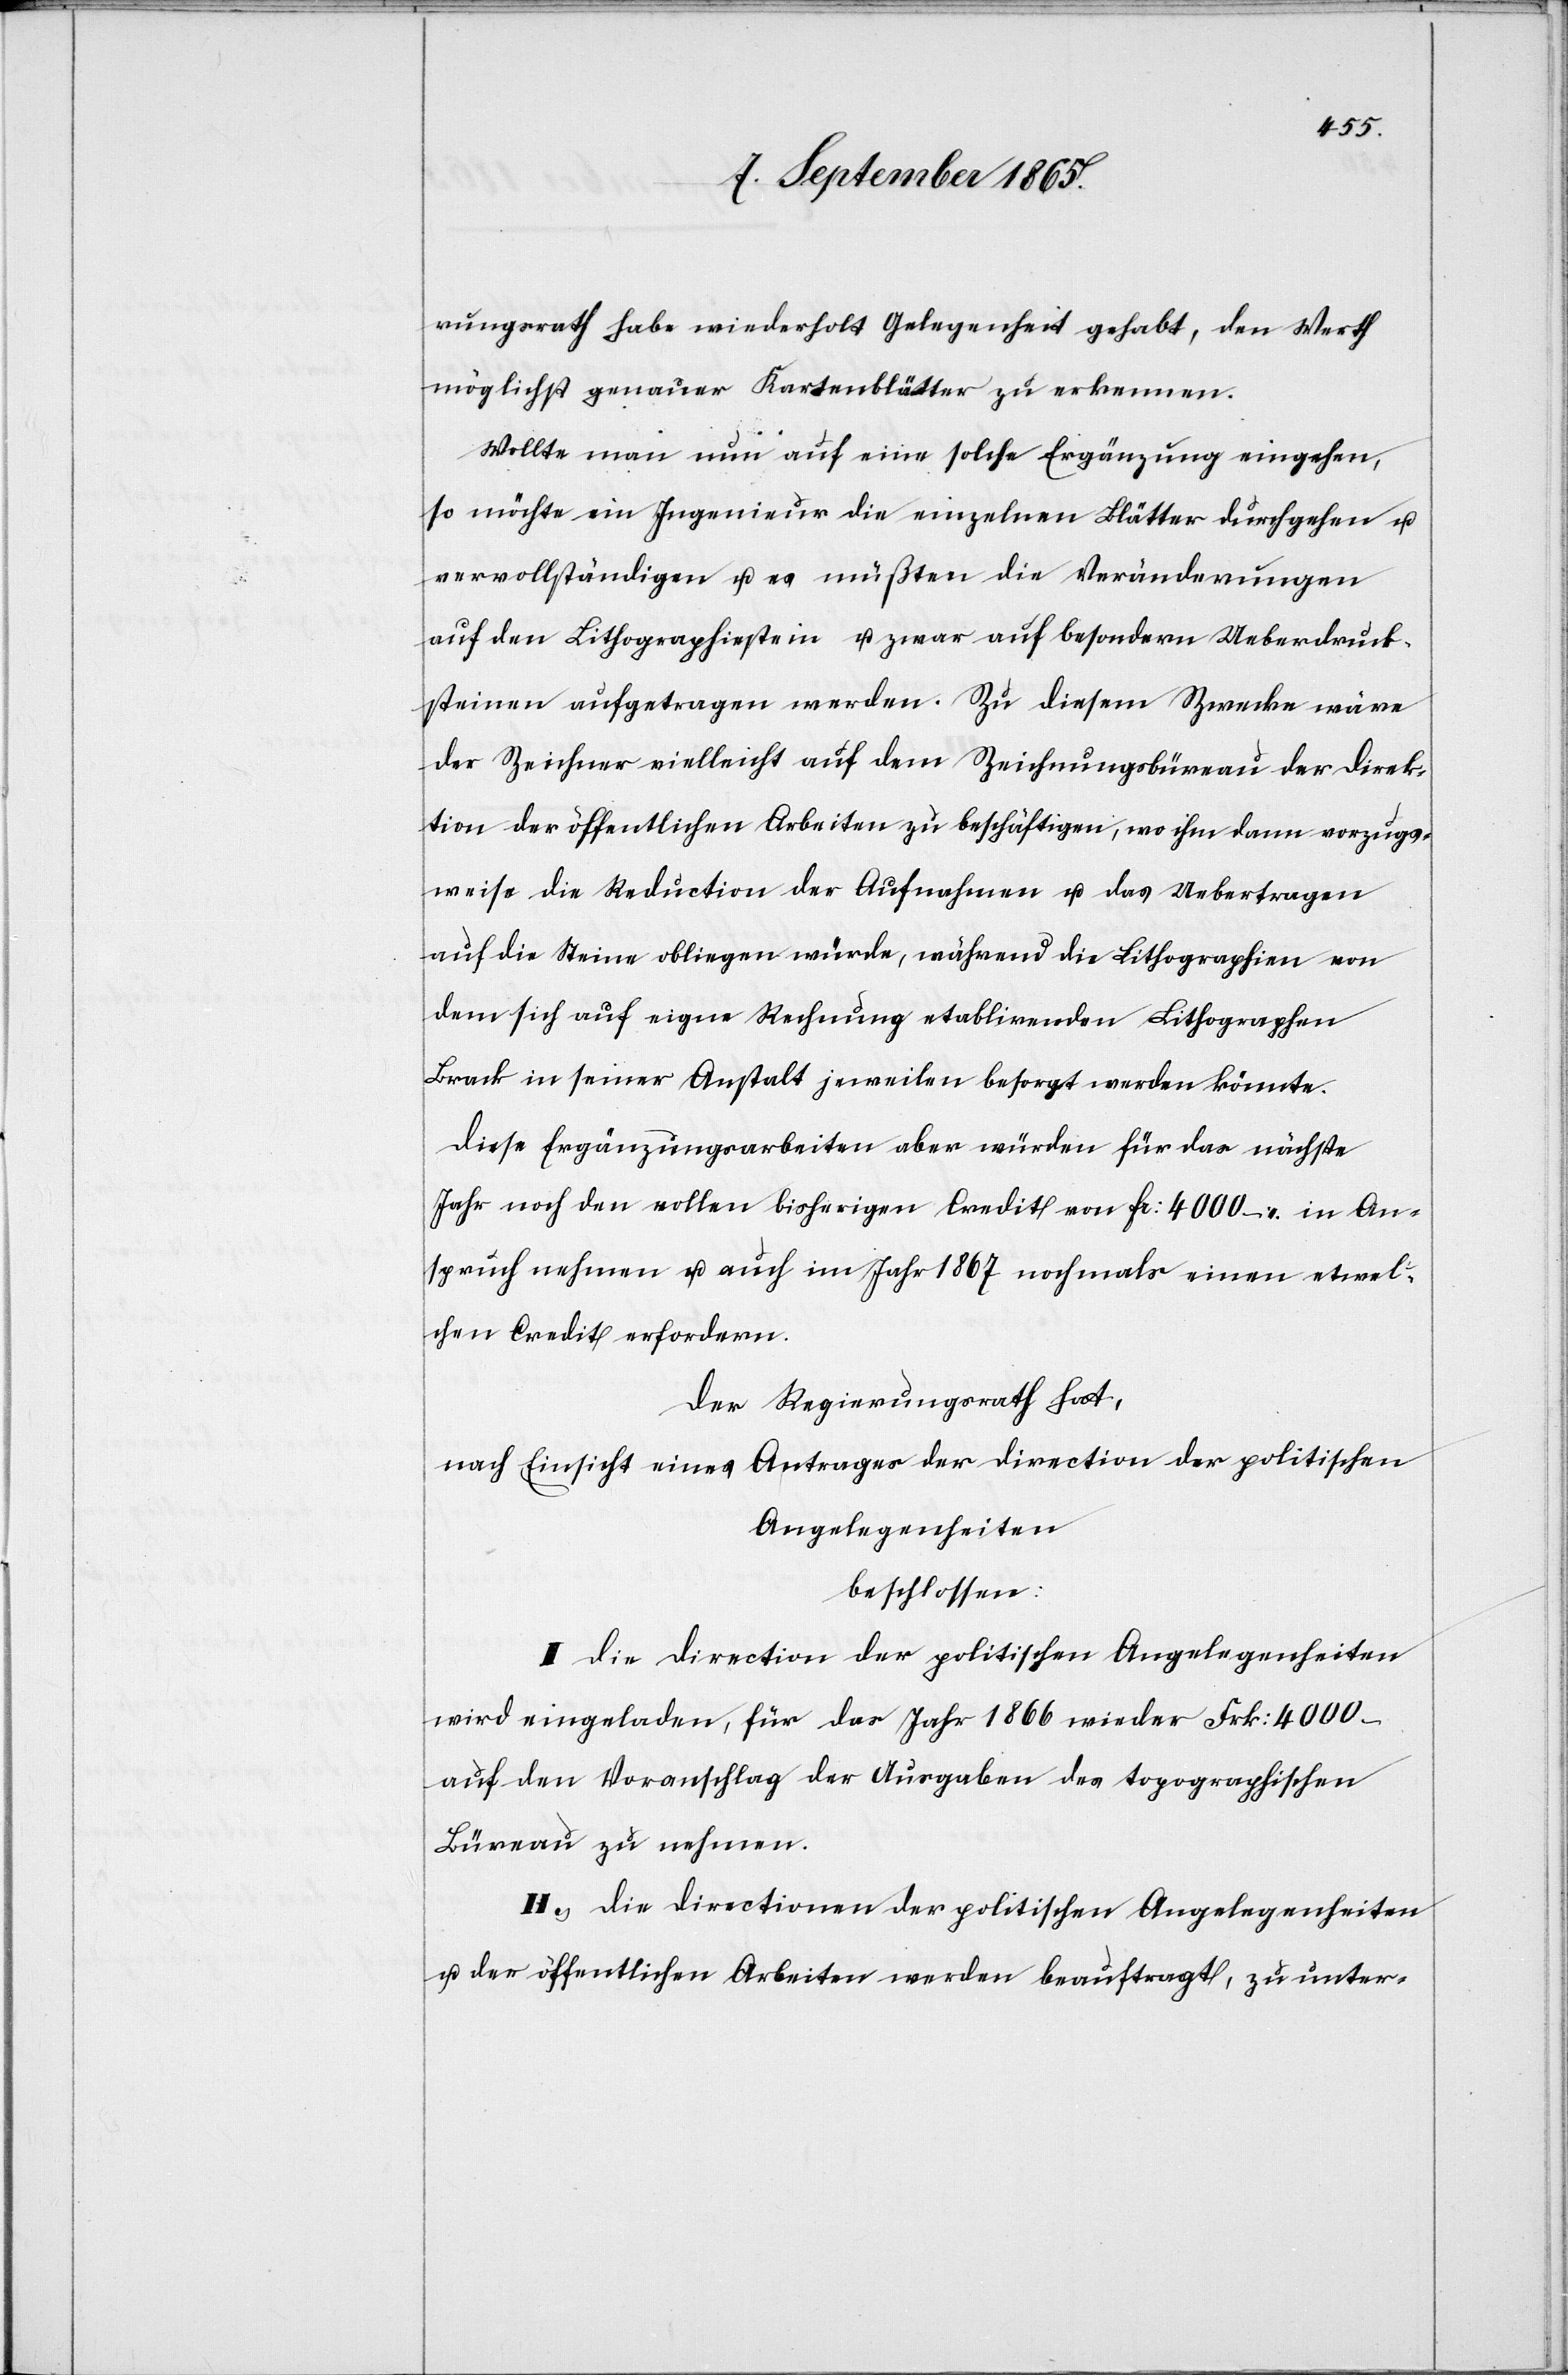
rungsrath habe wiederholt Gelegenheit gehabt, den Werth
möglichst genauer Kartenblätter zu erkennen.
Wollte man nun auf eine solche Ergänzung eingehen,
so möchte ein Ingenieur die einzelnen Blätter durchgehen u.
vervollständigen u. es müßten die Veränderungen
auf den Lithographiestein u. zwar auf besondern Ueberdruck¬
steinen aufgetragen werden. Zu diesem Zwecke wäre
der Zeichner vielleicht auf dem Zeichnungsbüreau der Direk¬
tion der öffentlichen Arbeiten zu beschäftigen, wo ihm dann vorzugs¬
weise die Reduction der Aufnahme u. das Uebertragen
auf die Steine obliegen würde, während die Lithographien von
dem sich auf eigne Rechnung etablirenden Lithographen
Brack in seiner Anstalt jeweilen besorgt werden könnte.
Diese Ergänzungsarbeiten aber würden für das nächste
Jahr noch den vollen bisherigen Credit von fr: 4000. in An¬
spruch nehmen u. auch im Jahr 1867 nochmals einen etwel¬
chen Credit erfordern.
Der Regierungsrath hat,
nach Einsicht eines Antrages der Direction der politischen
Angelegenheiten
beschlossen:
I. Die Direction der politischen Angelegenheiten
wird eingeladen, für das Jahr 1866 wieder Frk: 4000
auf den Voranschlag der Ausgaben des topographischen
Büreau zu nehmen.
II. Die Directionen der politischen Angelegenheiten
u. der öffentlichen Arbeiten werden beauftragt, zu unter-